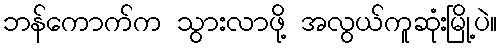
ဘန်ကောက်က သွားလာဖို့ အလွယ်ကူဆုံးမြို့ပဲ။